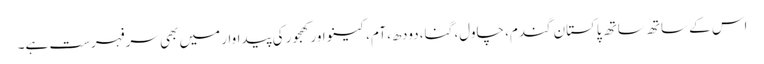
اس کے ساتھ ساتھ پاکستان گندم، چاول، گنا، دودھ، آم، کینو اور کھجور کی پیداوار میں بھی سرفہرست ہے۔